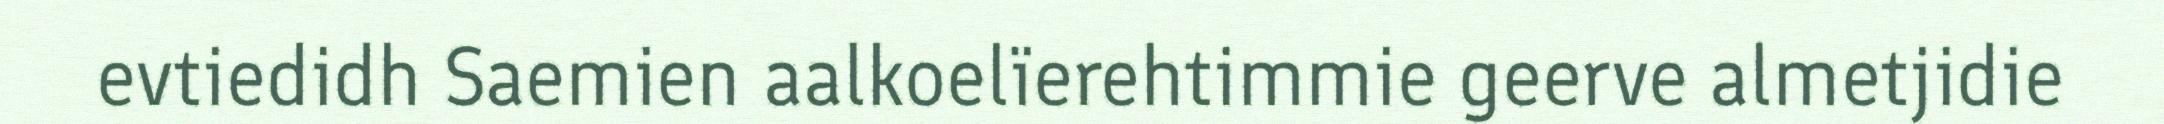
evtiedidh Saemien aalkoelïerehtimmie geerve almetjidie